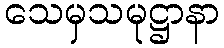
သေမှသမုဋ္ဌာနာ